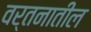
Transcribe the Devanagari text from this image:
वर्तनातील